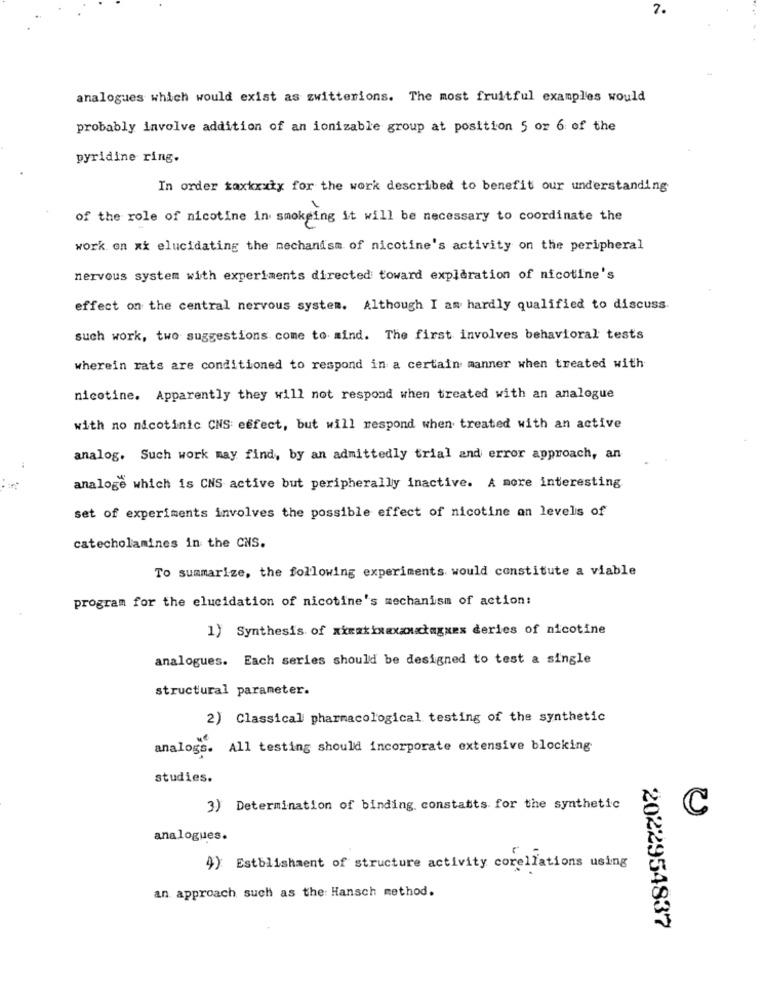
7.
analogues which would exist as zwitterions. The most fruitful examples would
probably involve addition of an ionizable group at position 5 or 6 of the
pyridine ring.
In order taxkxxix for the work described to benefit our understanding
of the role of nicotine in smokeing it will be necessary to coordinate the
work on xx elucidating the mechanism of nicotine's activity on the peripheral
nervous system with experiments directed toward exploration of nicotine's
effect on the central nervous system. Although I am hardly qualified to discuss
such work, two suggestions come to mind. The first involves behavioral tests
wherein rats are conditioned to respond in a certain manner when treated with
nicotine. Apparently they will not respond when treated with an analogue
with no nicotinic CNS effect, but will respond when treated with an active
analog. Such work may find, by an admittedly trial and error approach, an
analoge which is CNS active but peripherally inactive. A more interesting
set of experiments involves the possible effect of nicotine an levels of
catecholamines in the CNS.
To summarize, the following experiments would constitute a viable
program for the elucidation of nicotine's mechanism of action:
1) Synthesis of xkratinaxxxxłagues deries of nicotine
analogues. Each series should be designed to test a single
structural parameter.
2) Classical pharmacological testing of the synthetic
analogs. All testing should incorporate extensive blocking
studies.
3) Determination of binding constatits for the synthetic
C
analogues.
4) Estblishment of structure activity corellations using
an approach such as the Hansch method.
2022954837